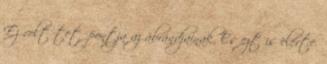
Ez volt tetőpontja az ábrándjainak. És ezt is elérte.